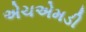
એચએમડી